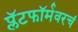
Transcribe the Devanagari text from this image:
प्लॅटफॉर्मवरचं